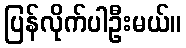
ပြန်လိုက်ပါဦးမယ်။